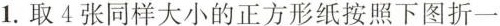
1.取4张同样大小的正方形纸按照下图折一